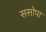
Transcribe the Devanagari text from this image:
ससोपा